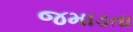
જમાડતા